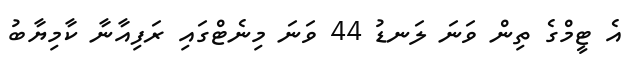
އެ ޓީމްގެ ތިން ވަނަ ލަނޑު 44 ވަނަ މިނެޓްގައި ރަފިއާނާ ކާމިޔާބު